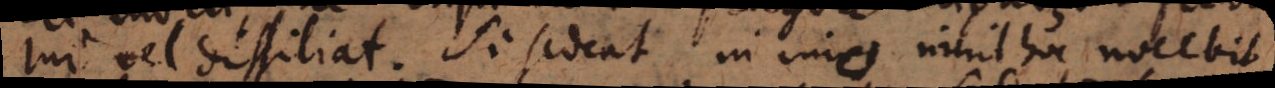
tur vel dissiliat. Si sedeat in imo nihil hoc nocebit